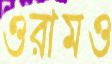
ওরামও